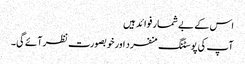
اس کے بے شمار فوائد ہیں
آپ کی پوسٹنگ منفرد اور خوبصورت نظر آئے گی۔